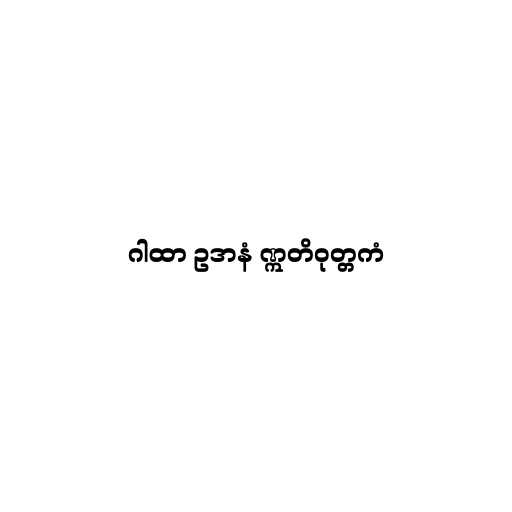
ဂါထာ ဥဒာနံ ဣတိဝုတ္တကံ